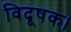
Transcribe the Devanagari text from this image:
विदूषक।